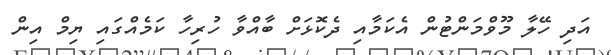
އަދި ހޭލާ މޫވްމަންޓުން އެކަމާއި ދެކޮޅަށް ބާއްވާ ހުރިހާ ކަމެއްގައި ޔިމް އިން